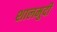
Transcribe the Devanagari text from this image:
शालमुदी